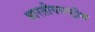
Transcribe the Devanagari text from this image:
भारतीयराष्ट्रीय